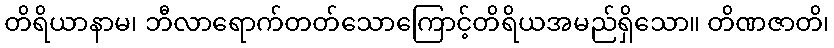
တိရိယာနာမ၊ ဘီလာရောက်တတ်သောကြောင့်တိရိယအမည်ရှိသော။ တိဏဇာတိ၊